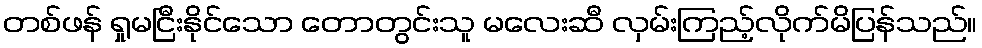
တစ်ဖန် ရှုမငြီးနိုင်သော တောတွင်းသူ မလေးဆီ လှမ်းကြည့်လိုက်မိပြန်သည်။